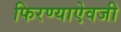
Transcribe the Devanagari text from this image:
फिरण्याऐवजी